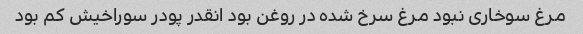
مرغ سوخاری نبود مرغ سرخ شده در روغن بود انقدر پودر سوراخیش کم بود